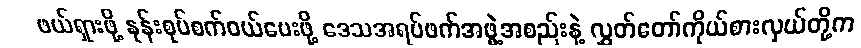
ဖယ်ရှားဖို့ နုန်းစုပ်စက်ဝယ်ပေးဖို့ ဒေသအရပ်ဖက်အဖွဲ့အစည်းနဲ့ လွှတ်တော်ကိုယ်စားလှယ်တို့က